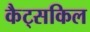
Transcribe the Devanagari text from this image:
कैट्सकिल